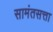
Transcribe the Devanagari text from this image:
सामंतसत्ता